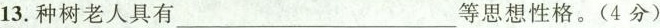
13.种树老人具有___等思想性格。(4分)